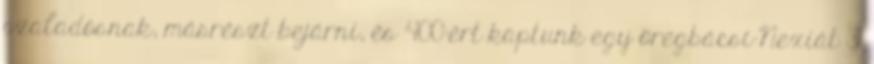
szaladósnak, másrészt bejárni, és 400-ért kaptunk egy öregbácsi-Nexiát 31